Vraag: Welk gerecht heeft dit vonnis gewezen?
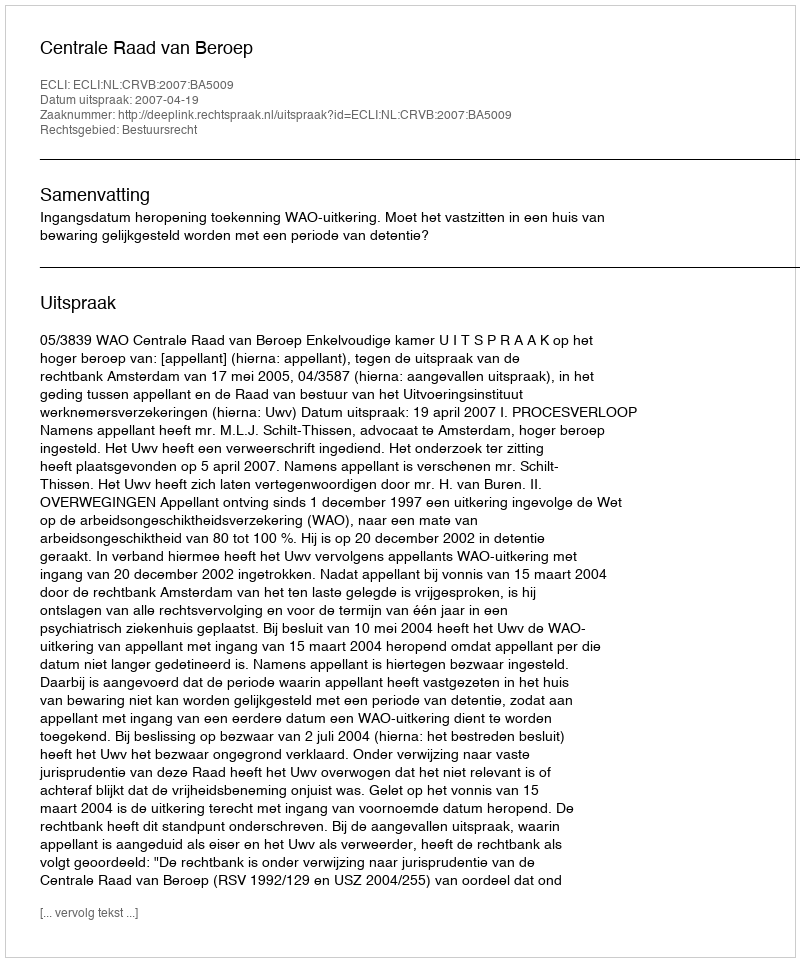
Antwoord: Centrale Raad van Beroep